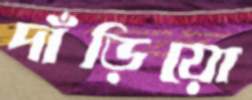
দাঁড়িয়ো